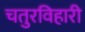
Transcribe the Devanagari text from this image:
चतुरविहारी